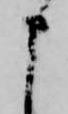
申